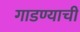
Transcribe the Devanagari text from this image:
गाडण्याची